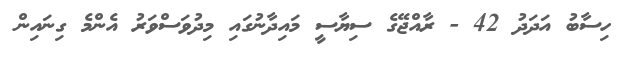
ހިސާބު އަދަދު 42 - ރާއްޖޭގެ ސިޔާސީ މައިދާނުގައި މިދުވަސްވަރު އެންމެ ގިނައިން